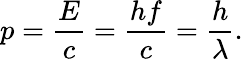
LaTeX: p={\frac{E}{c}}={\frac{hf}{c}}={\frac{h}{\lambda}}.